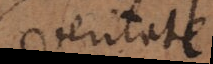
veritate